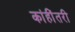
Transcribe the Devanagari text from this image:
कांहींतरी